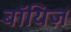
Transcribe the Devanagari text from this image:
बॉयिज़